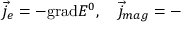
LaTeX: \overrightarrow { j } _ { e } = - \mathrm { g r a d } E ^ { 0 } , \quad \overrightarrow { j } _ { m a g } = -